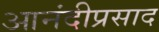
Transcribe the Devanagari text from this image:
आनंदीप्रसाद